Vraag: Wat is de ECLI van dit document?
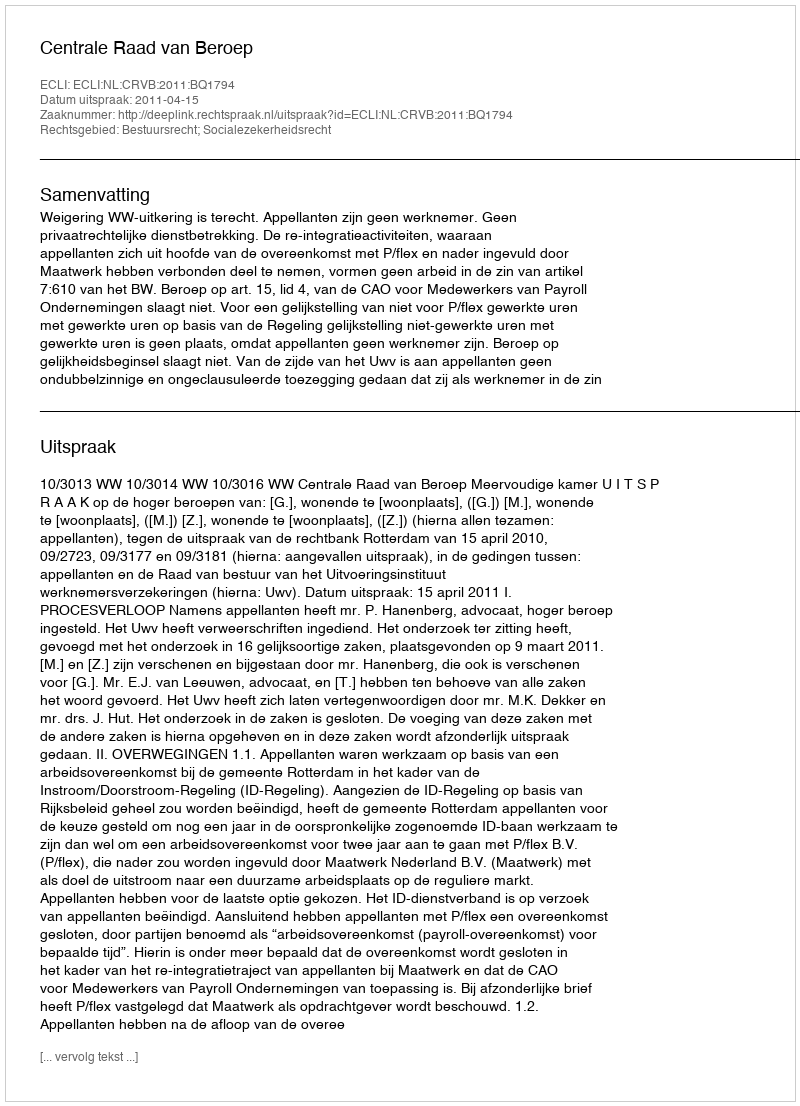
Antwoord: ECLI:NL:CRVB:2011:BQ1794